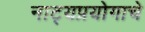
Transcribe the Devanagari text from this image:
नाट्यप्रयोगाचे